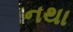
નથા